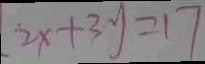
2 x + 3 y = 1 7